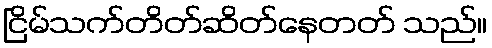
ငြိမ်သက်တိတ်ဆိတ်နေတတ် သည်။